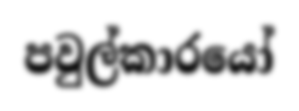
පවුල්කාරයෝ